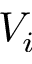
V _ { i }